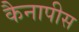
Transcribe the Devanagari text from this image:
कैनापीस